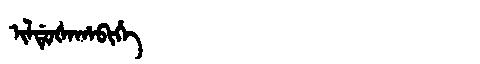
Manchu: ᡳᠯᡩᡠᡧᠠᡥᠠᠪᡳᡥᡝ
Romanization: ILDUŠAHABIHE